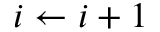
i \leftarrow i + 1